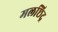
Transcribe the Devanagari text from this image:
मलछिद्र